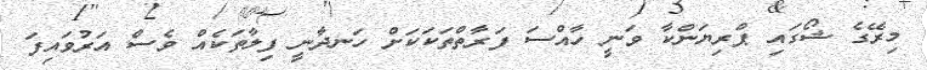
މިރޭގެ ޝޯގައި ޕްރިޔަންކާ ވަނީ ހާއްސަ ފަރާތްތަކަކަށް ހަނދާނީ ފިލާތަކެއް ވެސް އަރުވައިފަ